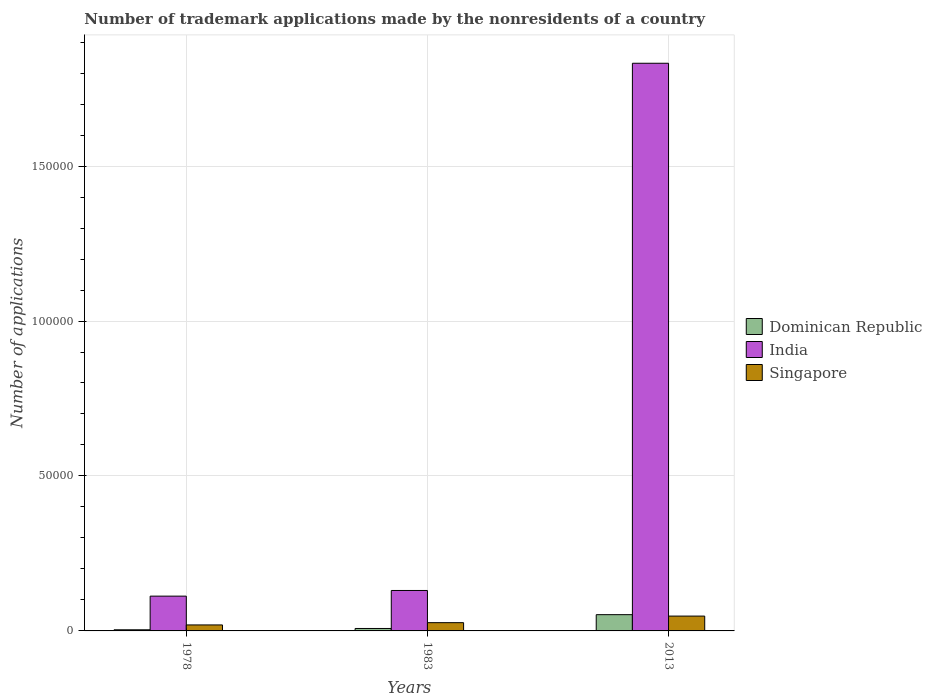
| Years | Dominican Republic | India | Singapore |
 | --- | --- | --- | --- |
 | 1978 | 363 | 1.12e+04 | 1.93e+03 |
 | 1983 | 790 | 1.3e+04 | 2.66e+03 |
 | 2013 | 5.25e+03 | 1.83e+05 | 4.79e+03 |